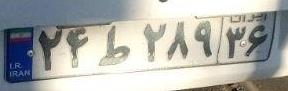
۲۴ط۲۸۹۳